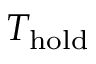
T _ { \mathrm { h o l d } }